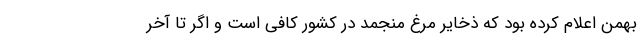
بهمن اعلام کرده بود که ذخایر مرغ منجمد در کشور کافی است و اگر تا آخر